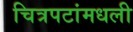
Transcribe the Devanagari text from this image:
चित्रपटांमधली